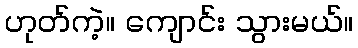
ဟုတ်ကဲ့။ ကျောင်း သွားမယ်။